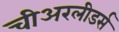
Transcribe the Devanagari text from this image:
चीअरलीडर्स